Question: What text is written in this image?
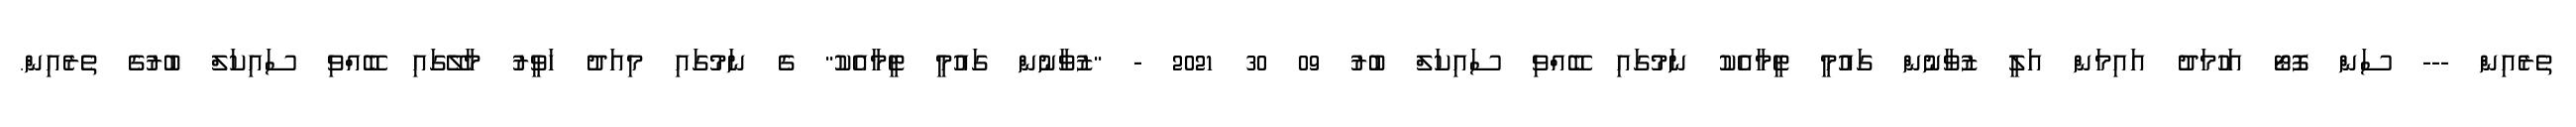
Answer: ތެރެއިން --- ސަން ފޮޓޯ އަހުމަދު އައިމަން އަލީ ޒުވާނުން ގައުމީ ޓީމާއެކު ނަމުގައި ބޭއްވި ސައިކަލް ބުރު 09 30 2021 - "ޒުވާނުން ގައުމީ ޓީމާއެކު" ގެ ނަމުގައި މިއަދު ހަވީރު މާލޭގައި ބޭއްވި ސައިކަލް ބުރުގެ ތެރެއިން.